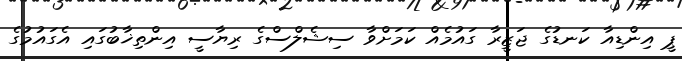
ޕީ އިންޑިއާ ކަނޑުގެ ޖަޒީރާ ގައުމެއް ކަމަށްވާ ސިޝެލްސްގެ ރިޔާސީ އިންތިޚާބުގައި އެގައުމުގެ